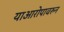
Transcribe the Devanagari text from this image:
याआरोपावरुन